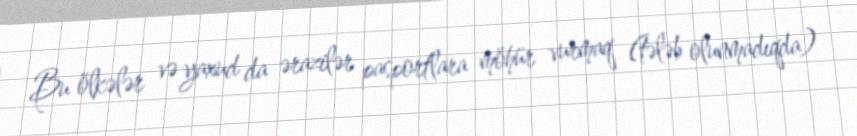
Bu ölkələr və yaxud da ərazilər pasportlara möhür vurmaq (tələb olunmadıqda)